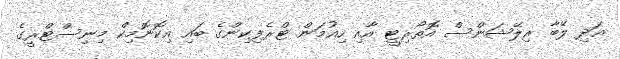
އަދި ލޭބާ ރިލޭޝަންސް އޮތޯރިޓީ އާއި ހިއުމަން ޓްރެފިކިންގެ ބައި އިކޮނޮމިކް މިނިސްޓްރީގެ